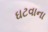
ઘટવાના